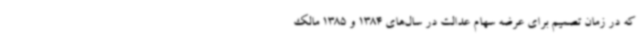
که در زمان تصمیم برای عرضه سهام عدالت در سال‌های 1384 و 1385 مالک